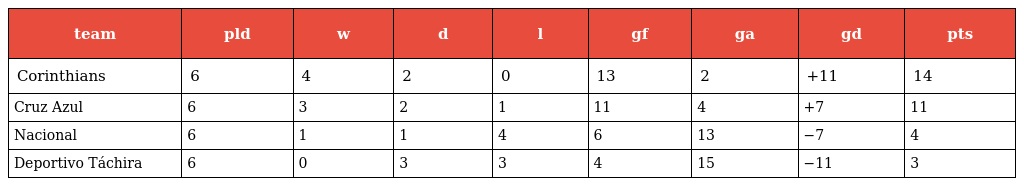
| team | pld | w | d | l | gf | ga | gd | pts |
 | --- | --- | --- | --- | --- | --- | --- | --- | --- |
 | Corinthians | 6 | 4 | 2 | 0 | 13 | 2 | +11 | 14 |
 | Cruz Azul | 6 | 3 | 2 | 1 | 11 | 4 | +7 | 11 |
 | Nacional | 6 | 1 | 1 | 4 | 6 | 13 | −7 | 4 |
 | Deportivo Táchira | 6 | 0 | 3 | 3 | 4 | 15 | −11 | 3 |